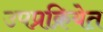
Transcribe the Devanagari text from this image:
उपप्रक्रियेत